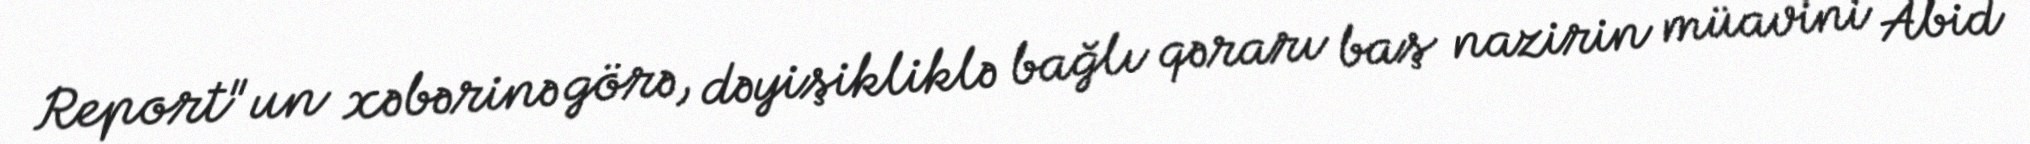
Report"un xəbərinə görə, dəyişikliklə bağlı qərarı baş nazirin müavini Abid